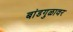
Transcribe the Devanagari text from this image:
बांडगुळावर